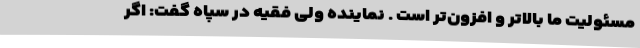
مسئولیت ما بالاتر و افزون‌تر است . نماینده ولی فقیه در سپاه گفت: اگر